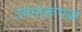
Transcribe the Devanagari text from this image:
उपमारूपक